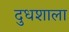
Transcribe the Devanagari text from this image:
दुधशाला